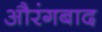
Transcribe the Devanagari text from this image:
औरंगबाद